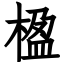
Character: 楹